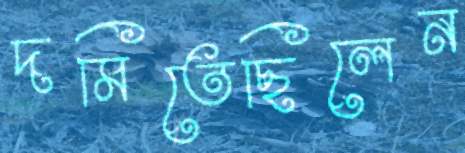
দমিতেছিলেন